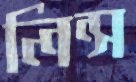
লিন্স